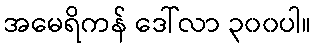
အမေရိကန် ဒေါ်လာ ၃၀၀ပါ။